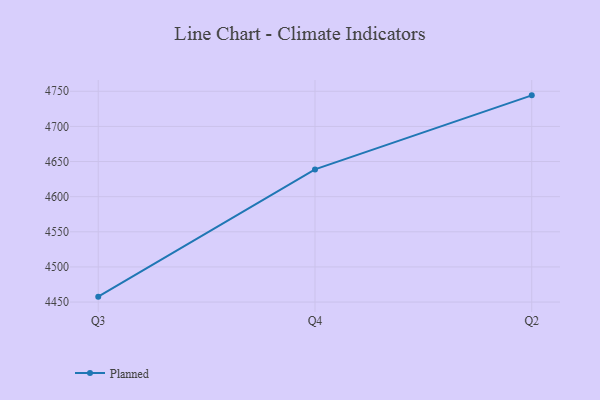
{"axis": {"x": "Quarter", "y": "Net Income (USD K)"}, "legend": ["Planned"], "data": [{"x": "Q3", "y": 4457.7, "type": "Planned"}, {"x": "Q4", "y": 4638.8, "type": "Planned"}, {"x": "Q2", "y": 4744.2, "type": "Planned"}]}